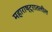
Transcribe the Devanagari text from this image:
महाराष्ट्रातलील